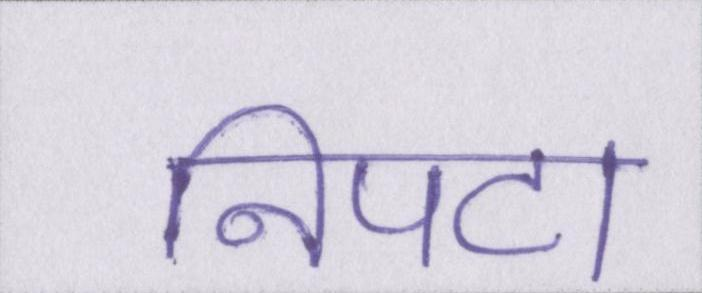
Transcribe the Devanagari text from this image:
निपटा